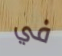
في